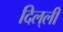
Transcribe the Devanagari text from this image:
दिल्‌ली